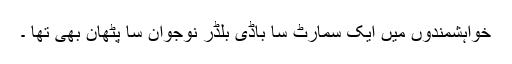
خواہشمندوں میں ایک سمارٹ سا باڈی بلڈر نوجوان سا پٹھان بھی تھا ۔